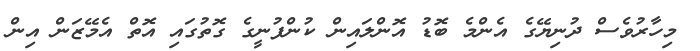
މިހާރުވެސް ދުނިޔޭގެ އެންމެ ބޮޑު އޮންލައިން ކުންފުނީގެ ގޮތުގައި އޮތް އެމޭޒަން އިން